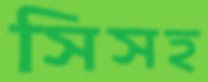
সিসহ